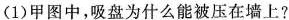
(1)甲图中，吸盘为什么能被压在墙上?